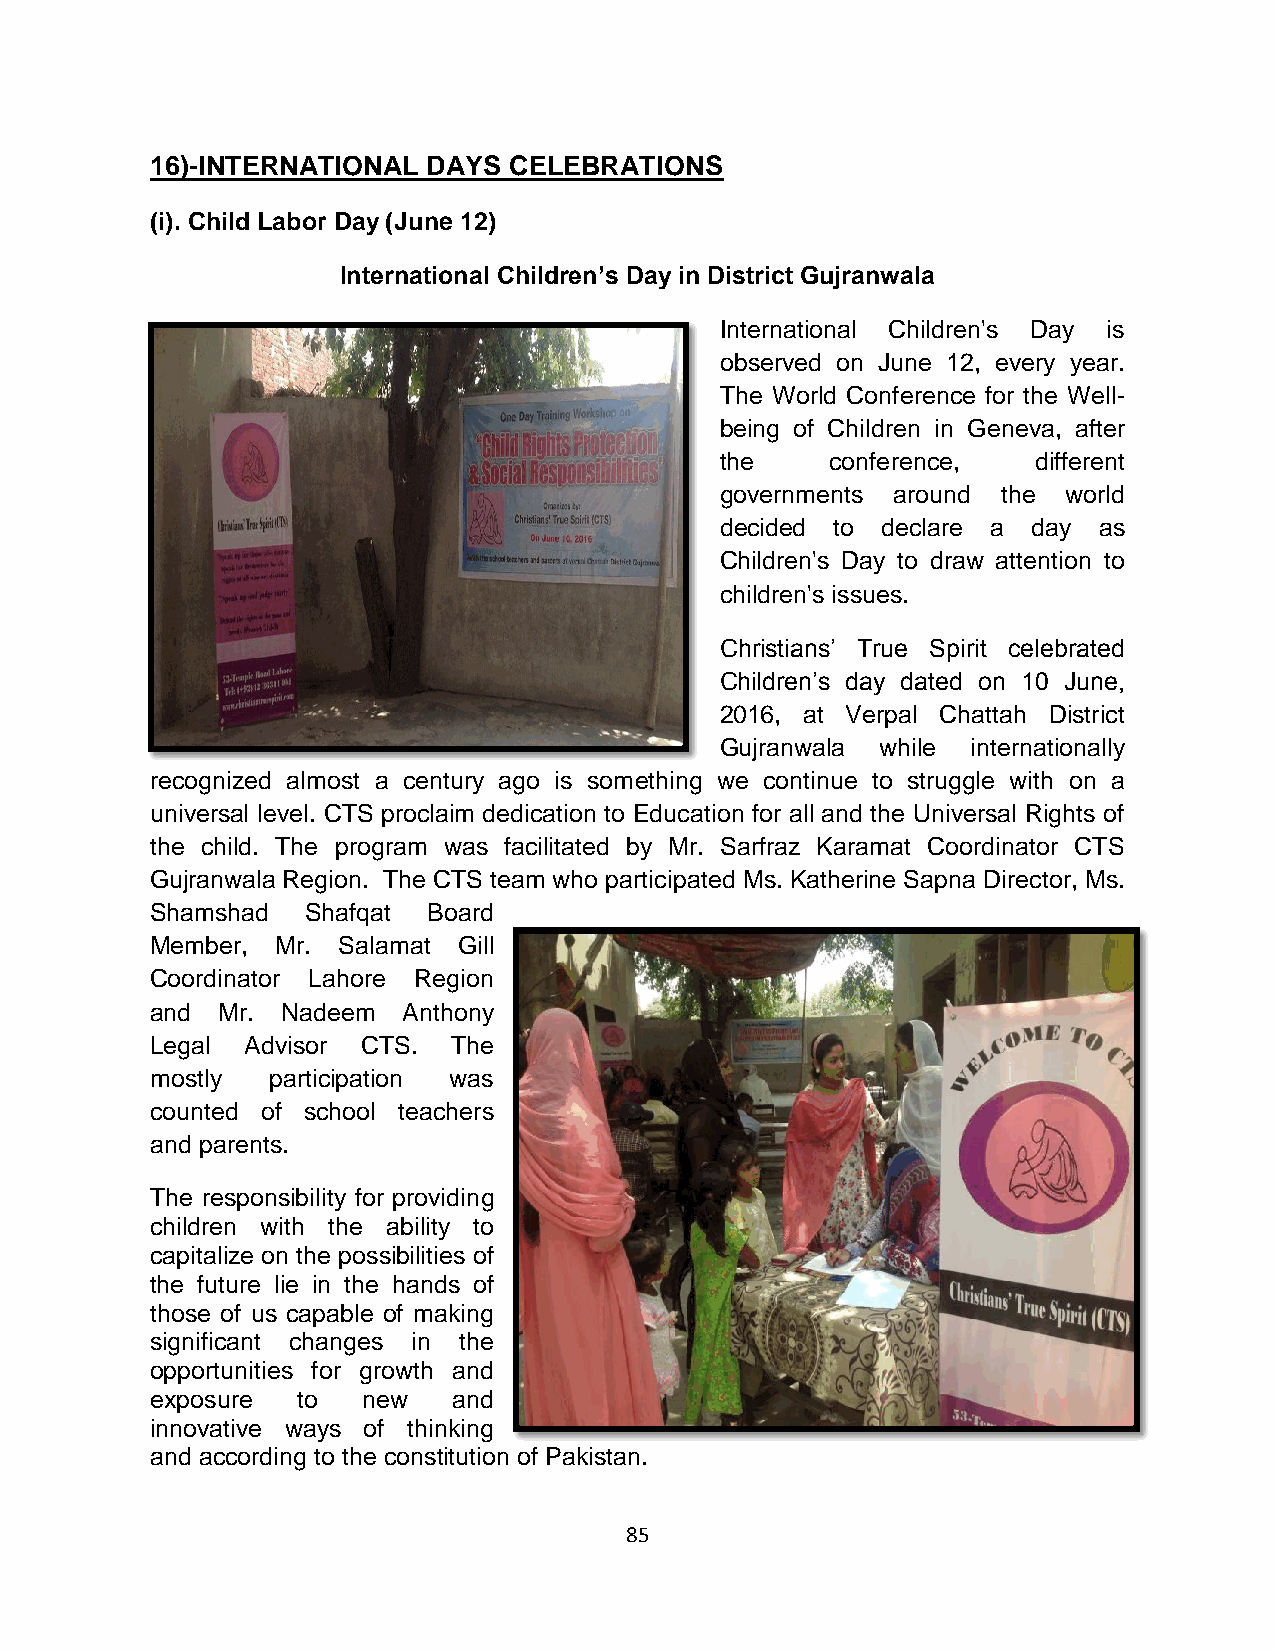
16)-INTERNATIONAL DAYS  CELEBRATIONS
 (i). Child Labor Day (June 12)
 International Children’s Day in District Gujranwala
 International Children's Day is
 observed on June 12, every year.
 The World Conference for the Well-
 being of Children in Geneva, after
 the    conference,   different
 governments around the world
 decided to declare a day as
 Children's Day to draw attention to
 children's issues.
 Christians’ True Spirit celebrated
 Children’s day dated on 10 June,
 2016, at Verpal Chattah District
 Gujranwala while internationally
 recognized almost a century ago is something we continue to struggle with on a
 universal level. CTS proclaim dedication to Education for all and the Universal Rights of
 the child. The program was facilitated by Mr. Sarfraz Karamat Coordinator CTS
 Gujranwala Region. The CTS team who participated Ms. Katherine Sapna Director, Ms.
 Shamshad  Shafqat Board
 Member, Mr. Salamat Gill
 Coordinator Lahore Region
 and Mr.  Nadeem  Anthony
 Legal Advisor CTS.  The
 mostly  participation was
 counted of school teachers
 and parents.
 The responsibility for providing
 children with the ability to
 capitalize on the possibilities of
 the future lie in the hands of
 those of us capable of making
 significant changes in the
 opportunities for growth and
 exposure  to  new   and
 innovative ways of thinking
 and according to the constitution of Pakistan.
 85